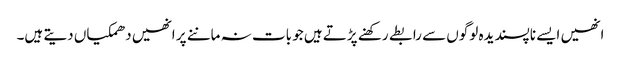
انھیں ایسے ناپسندیدہ لوگوں سے رابطے رکھنے پڑتے ہیں جو بات نہ ماننے پر انھیں دھمکیاں دیتے ہیں۔